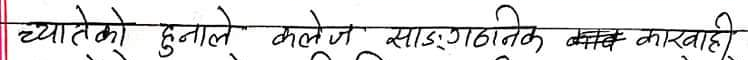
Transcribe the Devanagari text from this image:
च्यालेहरु हुनाले कलेज साङ्गठनिक बन्द कारवाही